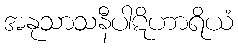
အနုသာသနီပါဋိဟာရိယံ